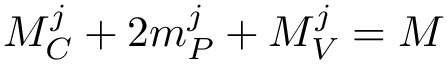
M _ { C } ^ { j } + 2 m _ { P } ^ { j } + M _ { V } ^ { j } = M